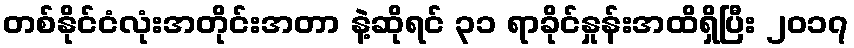
တစ်နိုင်ငံလုံးအတိုင်းအတာ နဲ့ဆိုရင် ၃၁ ရာခိုင်နှုန်းအထိရှိပြီး ၂၀၁၇